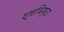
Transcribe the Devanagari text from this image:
श्रविष्ठा